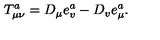
T _ { \mu \nu } ^ { a } = D _ { \mu } e _ { v } ^ { a } - D _ { v } e _ { \mu } ^ { a } .